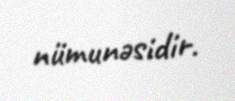
nümunəsidir.